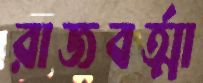
রাজবর্ত্মা